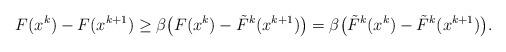
LaTeX: \begin{align*}F(x^k) - F(x^{k+1}) \ge \beta\big(F(x^k) - \tilde{F}^k(x^{k+1})\big)= \beta\big(\tilde{F}^k(x^{k}) - \tilde{F}^k(x^{k+1})\big).\end{align*}